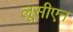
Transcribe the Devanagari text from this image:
लूसीएन